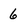
Character: 6